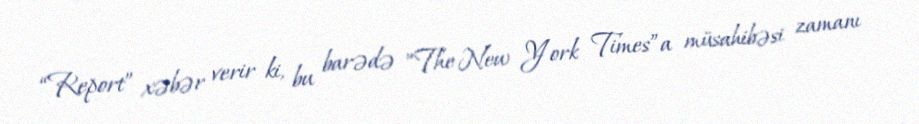
“Report” xəbər verir ki, bu barədə ”The New York Times”a müsahibəsi zamanı